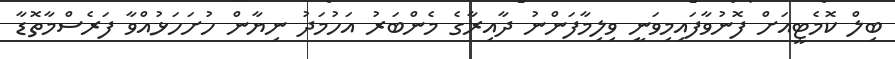
ބިލް ކޮމެޓީއަށް ފޮނުވާފައިމިވަނީ ވިލިމާފަންނު ދާއިރާގެ މެންބަރު އަހުމަދު ނިޔާން ހުށަހަޅުއްވާ ފަރެސްމާތޮޑާ